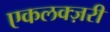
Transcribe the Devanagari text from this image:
एकलक्ज़री